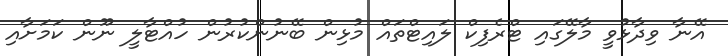
އޭނާ ވިދާޅުވީ މާލޭގައި ޓްރެފިކް ލައިޓްތައް މުޅިން ބޭނުންކުރުން ހުއްޓާލީ ނޫން ކަމަށާއި